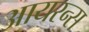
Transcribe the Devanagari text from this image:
आयरन्‍स